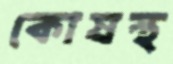
কোষস্থ